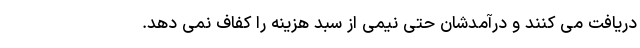
دریافت می کنند و درآمدشان حتی نیمی از سبد هزینه را کفاف نمی دهد.